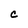
Character: c